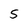
Character: 5